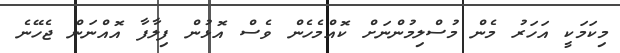
މިކަމަކީ އަހަރު މެން މުސްލިމުންނަށް ކޮއްމެހެން ވެސް އޮޅުން ފިލާފާ އޮއްނަން ޖެހޭނެ